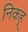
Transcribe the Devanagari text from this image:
निकह्